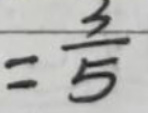
$= \frac{3}{5}$